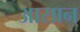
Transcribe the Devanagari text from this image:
अासान